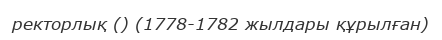
ректорлық () (1778-1782 жылдары құрылған)